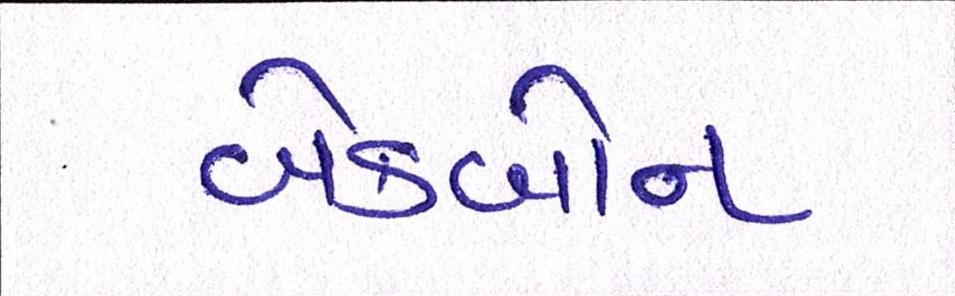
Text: બેકબોન